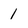
Character: 1